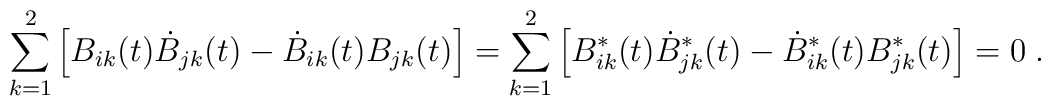
\sum_{k=1}^2\left[ B_{ik}(t)\dot{B}_{jk}(t)-\dot{B}_{ik}(t)B_{jk}(t)\right]=\sum_{k=1}^2\left[B_{ik}^\ast(t)\dot{B}_{jk}^\ast(t)-\dot{B}_{ik}^\ast(t)B_{jk}^\ast(t)\right]=0\;.